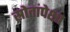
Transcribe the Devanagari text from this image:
स्रोतांपेक्षा